Indian journal of veterinary science and animal husbandry - Volume 8,
Year: 1938
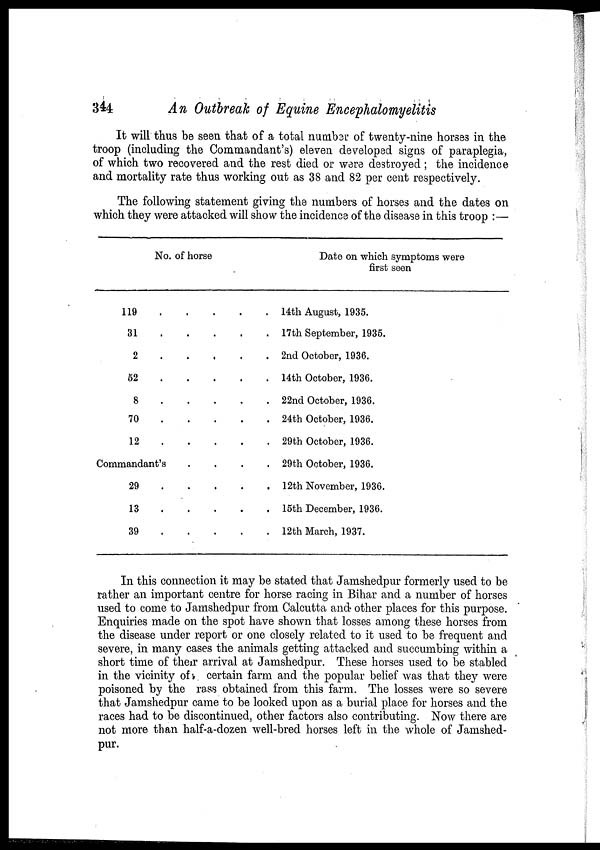
344
An Outbreak of Equine Encephalomyelitis
It will thus be seen that of a total number of twenty-nine horses in the
troop (including the Commandant's) eleven developed signs of paraplegia,
of which two recovered and the rest died or were destroyed ; the incidence
and mortality rate thus working out as 38 and 82 per cent respectively.
The following statement giving the numbers of horses and the dates on
which they were attacked will show the incidence of the disease in this troop :—
No. of horse
119 . . . . .
31 . . . . .
2 . . . . .
52 . . . . .
8 . . . . .
70 . . . . .
12 . . . . .
Commandant's . . . .
29 . . . . .
13 . . . . .
39 . . . . .
Date on which symptoms were
first seen
14th August, 1935.
17th September, 1935.
2nd October, 1936.
14th October, 1936.
22nd October, 1936.
24th October, 1936.
29th October, 1936.
29th October, 1936.
12th November, 1936.
15th December, 1936.
12th March, 1937.
In this connection it may be stated that Jamshedpur formerly used to be
rather an important centre for horse racing in Bihar and a number of horses
used to come to Jamshedpur from Calcutta and other places for this purpose.
Enquiries made on the spot have shown that losses among these horses from
the disease under report or one closely related to it used to be frequent and
severe, in many cases the animals getting attacked and succumbing within a
short time of their arrival at Jamshedpur. These horses used to be stabled
in the vicinity of certain farm and the popular belief was that they were
poisoned by the rass obtained from this farm. The losses were so severe
that Jamshedpur came to be looked upon as a burial place for horses and the
races had to be discontinued, other factors also contributing. Now there are
not more than half-a-dozen well-bred horses left in the whole of Jamshed-
pur.